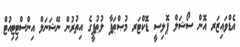
އެޑްވައިޒަރ އޮން ސޯޝަލް ޕޮލިސީ ޑޮކްޓަރ މުޞްޠަފާ ލުޠުފީގެ އިތުރުން ނޭޝަނަލް އިންސްޓިޓިއުޓް